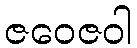
ဇဝေဇဝါ